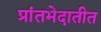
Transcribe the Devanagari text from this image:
प्रांतभेदातीत